Medical and sanitary report of the native army of Madras for the year
Year: 1876
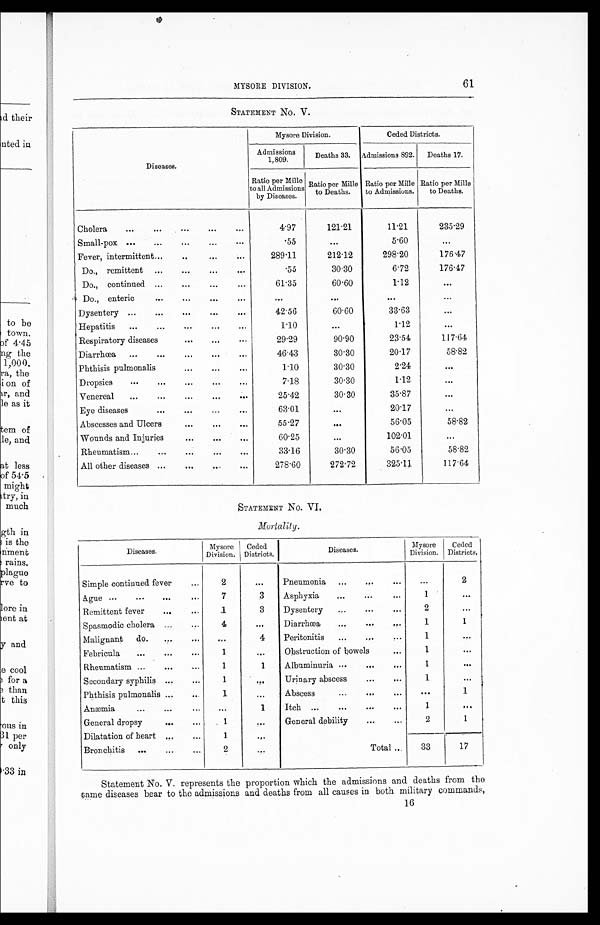
MYSORE DIVISION.
61
STATEMENT No. V.
Diseases.
Mysore Division.
Ceded Districts.
Admissions
1,809.
Deaths 33.
Admissions 892.
Deaths 17.
Ratio per Mille
to all Admissions
by Diseases.
Ratio per Mille
to Deaths.
Ratio per Mille
to Admissions.
Ratio per Mille
to Deaths.
Cholera
...
...
...
...
...
4.97
121.21
11.21
235.29
S mall-pox ...
...
...
...
...
.55
. . .
5.60
...
Fever, intermittent... .. ...
...
289.11
212.12
298.20
176.47
Do., remittent ...
. . . . . .
...
.55
30.30
6.72
176.47
Do., continued ...
... ...
...
61.35
60.60
1.12
. . .
Do., enteric
...
...
... ...
. . .
. . .
. . .
. . .
Dysentery ...
...
...
...
...
42.56
60.60
33.63
...
Hepatitis
...
...
...
...
...
1.10
. . .
1.12
...
Respiratory diseases
...
...
...
29.29
90.90
23.54
117.64
Diarrhœa
...
...
...
... ...
46.43
30.30
20.17
58.82
Phthisis pulmonalis
... ...
...
1.10
30.30
2.24
. . .
Dropsies
...
...
...
...
...
7.18
30.30
1.12
. . .
Venereal
...
... ...
...
...
25.42
30.30
35.87
. . .
Eye diseases
... ...
... ...
63.01
. . .
20.17
. . .
Abscesses and Ulcers...
...
...
... 55.27
. . .
56.05
58.82
Wounds and Injuries
...
...
...
60.25
...
102.01
. . .
Rheumatism...
...
... ...
...
33.16
30.30
56.05
58.82
All other diseases ...
...
...
278.60
272.72
325.11
117.64
STATEMENT No. V I .
Mortality.
Diseases.
Mysore
Division.
Ceded
Districts.
Diseases.
Mysore
Division.
Ceded
Districts.
Simple continued fever
...
2
. . .
Pneumonia
...
...
...
2
Ague ...
...
...
...
7
3
Asphyxia...
...
1
...
Remittent fever
...
...
1
3
Dysentery
...
...
2
...
Spasmodic cholera ...
4
. . .
Diarrhœa
...
...
...
1
1
Malignant
do. .. ..
...
4
Peritonitis
...
. . .
1
...
Febricula
...
...
...
1
. . .
Obstruction of bowels
...
1
. . .
Rheumatism ... ...
...
1
1
Albuminuria ...
...
...
1
. . .
Secondary syphilis ... ...
1
. . .
Urinary abscess
. . . ...
1
. . .
Phthisis pulmonalis . . .
1
. . .
Abscess
. . . ...
...
. . .
1
Anæmia
...
...
...
...
1
Itch ...
...
...
...
1
. . .
General dropsy
...
. . .
1
. . .
General debility
...
...
2
1
Dilatation of heart ... ...
1
. . .
Bronchitis
... ...
...
2
...
Total ...
33
17
Statement No. V. represents the proportion which the admissions and deaths from the
same diseases bear to the admissions and deaths from all causes in both military commands,
1 6